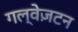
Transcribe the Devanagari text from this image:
गल्वेज़टन